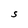
Character: S